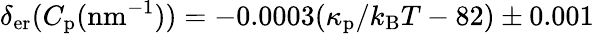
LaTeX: \delta_{\mathrm{er}}(C_{\mathrm{p}}(\mathrm{nm}^{-1}))=-0.0003(\kappa_{\mathrm{p}}/k_{\mathrm{B}}T-82)\pm 0.001